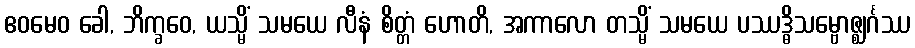
ဧဝမေဝ ခေါ, ဘိက္ခဝေ, ယသ္မိံ သမယေ လီနံ စိတ္တံ ဟောတိ, အကာလော တသ္မိံ သမယေ ပဿဒ္ဓိသမ္ဗောဇ္ဈင်္ဂဿ